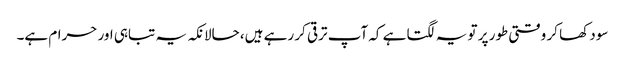
سود کھا کر وقتی طور پر تو یہ لگتا ہے کہ آپ ترقی کر رہے ہیں، حالانکہ یہ تباہی اور حرام ہے۔